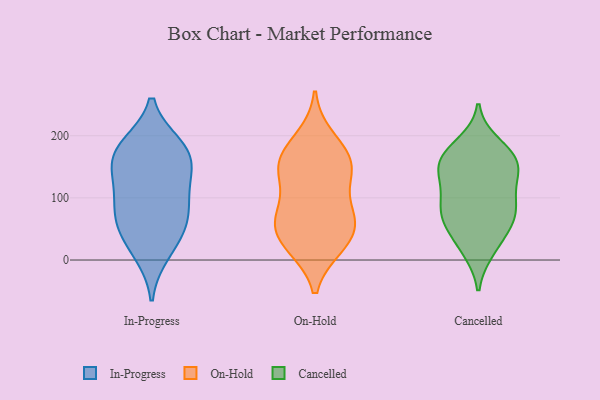
{"axis": {"x": "Bounce Rate (%)", "y": "Value"}, "legend": ["Cancelled", "In-Progress", "On-Hold"], "data": [{"x": "", "y": 145, "type": "In-Progress"}, {"x": "", "y": 67, "type": "In-Progress"}, {"x": "", "y": 183, "type": "In-Progress"}, {"x": "", "y": 179, "type": "In-Progress"}, {"x": "", "y": 162, "type": "In-Progress"}, {"x": "", "y": 31, "type": "In-Progress"}, {"x": "", "y": 173, "type": "In-Progress"}, {"x": "", "y": 66, "type": "In-Progress"}, {"x": "", "y": 117, "type": "In-Progress"}, {"x": "", "y": 108, "type": "In-Progress"}, {"x": "", "y": 12, "type": "In-Progress"}, {"x": "", "y": 70, "type": "In-Progress"}, {"x": "", "y": 21, "type": "On-Hold"}, {"x": "", "y": 197, "type": "On-Hold"}, {"x": "", "y": 177, "type": "On-Hold"}, {"x": "", "y": 64, "type": "On-Hold"}, {"x": "", "y": 147, "type": "On-Hold"}, {"x": "", "y": 166, "type": "On-Hold"}, {"x": "", "y": 141, "type": "On-Hold"}, {"x": "", "y": 147, "type": "On-Hold"}, {"x": "", "y": 24, "type": "On-Hold"}, {"x": "", "y": 73, "type": "On-Hold"}, {"x": "", "y": 53, "type": "On-Hold"}, {"x": "", "y": 132, "type": "On-Hold"}, {"x": "", "y": 75, "type": "On-Hold"}, {"x": "", "y": 23, "type": "On-Hold"}, {"x": "", "y": 69, "type": "On-Hold"}, {"x": "", "y": 156, "type": "Cancelled"}, {"x": "", "y": 147, "type": "Cancelled"}, {"x": "", "y": 162, "type": "Cancelled"}, {"x": "", "y": 177, "type": "Cancelled"}, {"x": "", "y": 188, "type": "Cancelled"}, {"x": "", "y": 91, "type": "Cancelled"}, {"x": "", "y": 134, "type": "Cancelled"}, {"x": "", "y": 82, "type": "Cancelled"}, {"x": "", "y": 14, "type": "Cancelled"}, {"x": "", "y": 49, "type": "Cancelled"}, {"x": "", "y": 72, "type": "Cancelled"}, {"x": "", "y": 141, "type": "Cancelled"}, {"x": "", "y": 149, "type": "Cancelled"}, {"x": "", "y": 74, "type": "Cancelled"}, {"x": "", "y": 16, "type": "Cancelled"}, {"x": "", "y": 173, "type": "Cancelled"}, {"x": "", "y": 105, "type": "Cancelled"}, {"x": "", "y": 64, "type": "Cancelled"}, {"x": "", "y": 48, "type": "Cancelled"}, {"x": "", "y": 107, "type": "Cancelled"}]}